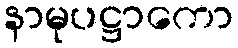
နာမုပဋ္ဌာကော